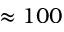
\approx 1 0 0